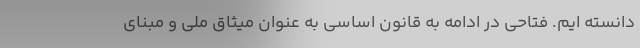
دانسته ایم. فتاحی در ادامه به قانون اساسی به عنوان میثاق ملی و مبنای